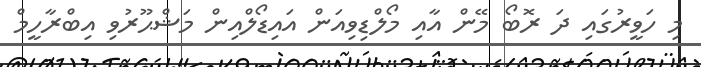
މި ހަވީރުގައި ދަ ރޮބޯ މޭން އާއި މޯލްޑިވިއަން އައިޑޯލްއިން މަޝްޙޫރުވި އިބްރާހީމް